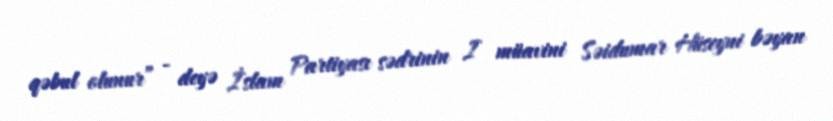
qəbul olunur” - deyə İslam Partiyası sədrinin I müavini Səidumar Hüseyni bəyan